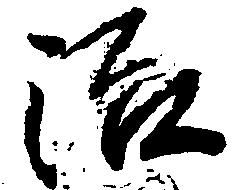
治